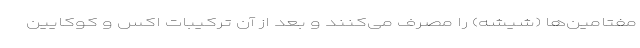
مفتامین‌ها (شیشه) را مصرف می‌کنند و بعد از آن ترکیبات اکس و کوکایین